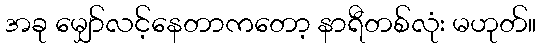
အခု မျှော်လင့်နေတာကတော့ နာရီတစ်လုံး မဟုတ်။